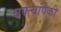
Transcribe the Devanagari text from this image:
वक्त्यांपैकी